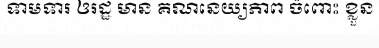
ទាមទារ ឲរដ្ឋ មាន គណនេយ្យភាព ចំពោះ ខ្លួន